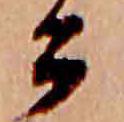
公